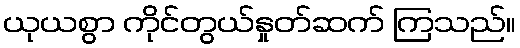
ယုယစွာ ကိုင်တွယ်နှုတ်ဆက် ကြသည်။